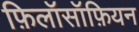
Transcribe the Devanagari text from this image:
फ़िलॉसॉफ़ियन